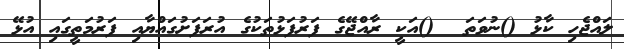
ލައްޖެހި ކާޅު ()ނުވަތަ  ()އަކީ ރާއްޖޭގެ ފަރުފަޅުތަކުގެ އުރަފަށުގައްޔާއި ފަރުމަތީގައި އުޅޭ